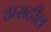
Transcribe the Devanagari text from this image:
असटील